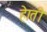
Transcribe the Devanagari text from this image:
हेाती